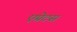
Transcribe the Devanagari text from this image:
एप्रेटस